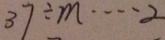
3 7 \div m \cdots 2